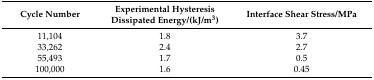
<table><thead><tr><td><b>Cycle Number</b></td><td><b>Experimental Hysteresis Dissipated Energy/(kJ/m<sup>3</sup>)</b></td><td><b>Interface Shear Stress/MPa</b></td></tr></thead><tbody><tr><td>11,104</td><td>1.8</td><td>3.7</td></tr><tr><td>33,262</td><td>2.4</td><td>2.7</td></tr><tr><td>55,493</td><td>1.7</td><td>0.5</td></tr><tr><td>100,000</td><td>1.6</td><td>0.45</td></tr></tbody></table>